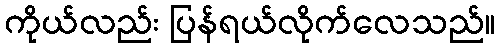
ကိုယ်လည်း ပြန်ရယ်လိုက်လေသည်။